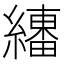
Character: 𱺉